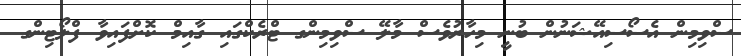
ސްވިމިން އެސޯސިއޭޝަނުން ބުނީ މިހާރުވެސް މާލޭ ސްވިމިންގ ޓްރެކްގައި ގާއިމް ކޮށްފައިވާ ފްލޯޓިންގ